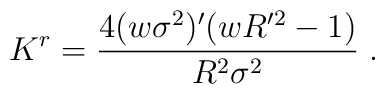
K^r = \frac{4 (w \sigma^2)' (wR'^2 - 1)}{R^2\sigma^2} \;.